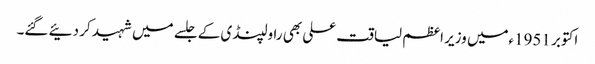
اکتوبر 1951ءمیں وزیر اعظم لیاقت علی بھی راولپنڈی کے جلسے میں شہید کر دئیے گئے۔